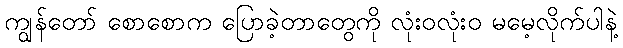
ကျွန်တော် စောစောက ပြောခဲ့တာတွေကို လုံးဝလုံးဝ မမေ့လိုက်ပါနဲ့